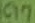
Text: C17